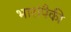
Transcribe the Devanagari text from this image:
भारांपैकी